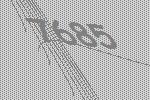
7685